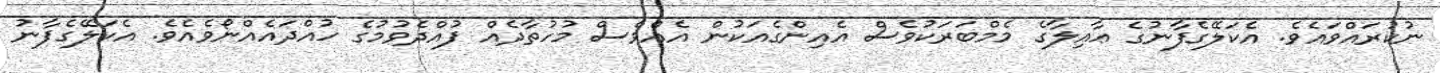
ނުކުރައްވައެވެ. އެކަލޭގެފާނުގެ ޢާއިލާގެ މެމްބަރަކުވެސް އެއިންގެއަކުން އެއްވެސް މުހުތާދެއް ފުއްދެވުމުގެ ހުއްދައެއްނޯވެއެވެ. އެކަލޭގެފާނު